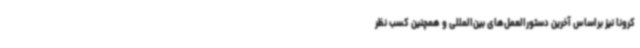
کرونا نیز براساس آخرین دستورالعمل‌های بین‌المللی و همچنین کسب نظر